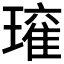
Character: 𭹾